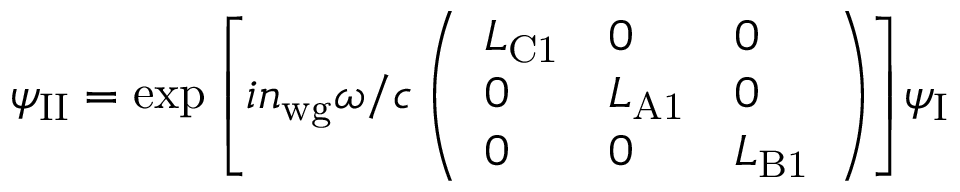
\psi _ { \mathrm { I I } } = \exp { \left[ i n _ { \mathrm { w g } } \omega / c \left( \begin{array} { l l l } { L _ { \mathrm { C 1 } } } & { 0 } & { 0 } \\ { 0 } & { L _ { \mathrm { A 1 } } } & { 0 } \\ { 0 } & { 0 } & { L _ { \mathrm { B 1 } } } \end{array} \right) \right] } \psi _ { \mathrm { I } }